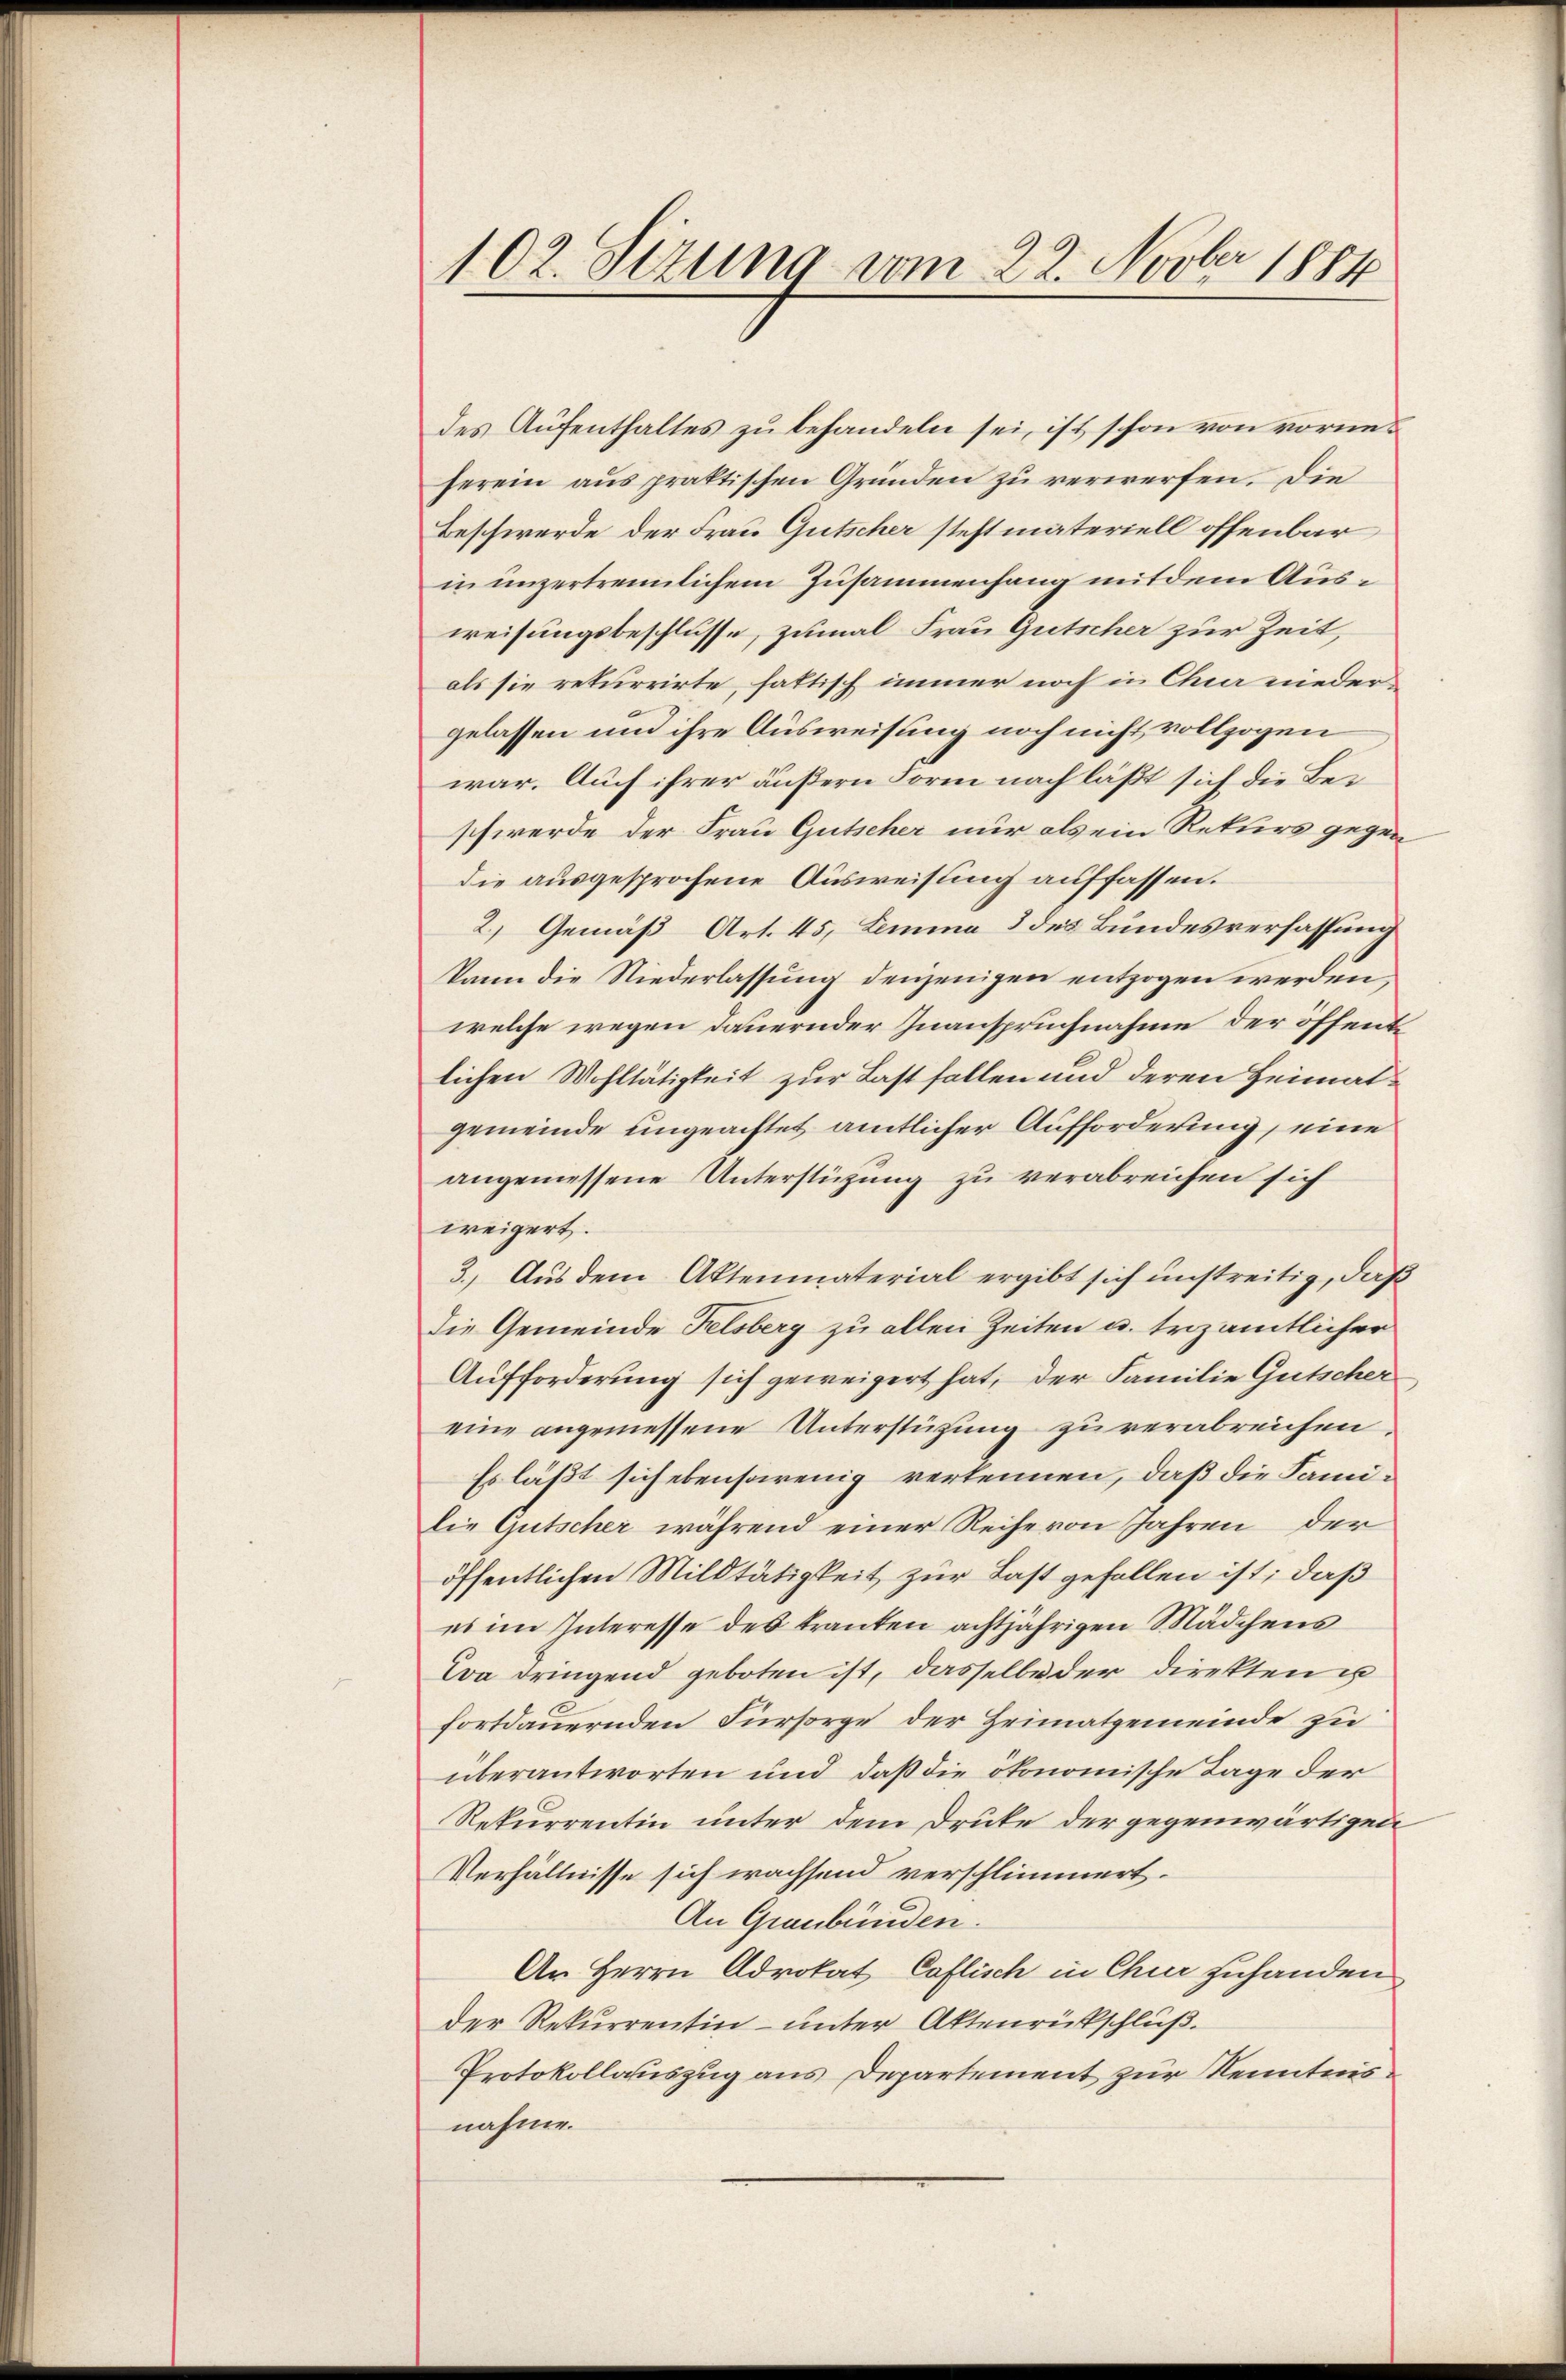
102. Sizung vom 22. Novber 1884

des Aufenthaltes zu behandeln sei, ist schon von vorneherein aus praktischen Gründen zu verwerfen. Die
Beschwerde der Frau Gutscher steht materiell offenbar
in unzertrennlichem Zusammenhang mit dem Ausweisungsbeschlüsse, zumal Frau Gutscher zur Zeit,
als sie rekurrirte, fattisch immer noch in Chier niedergelassen und ihre Ausweisung noch nicht vollzogen
war. Auch ihrer äußern Form nach läßt sich die Beischwerde der Frau Gutscher nur als ein Rekurs gegen
die ausgesprochene Ausweisung auffassen.
2.) Gemäß Art. 45, Lemma 3 des Bundesverfassung
kann die Niederlassung denjenigen entzogen werden,
welche wegen dauernder Inanspruchnahme der öffentlichen Wohltätigkeit zur Last fallen und deren Heimatgemeinde ungeachtet amtlicher Aufforderung, eine
angemessene Unterstüzung zu verabreichen sich
weigert.
3.) Aus dem Aktenmaterial ergibt sich unstreitig, daß
die Gemeinde Felsberg zu allen Zeiten u. trizamtlicher
Aufforderung sich geweigert hat, der Familie Gütscher
eine angemessene Unterstüzung zu verabreichen.
Es läßt sich ebensarenig verkennen, daß die Famidie Gutscher während einer Reihe von Jahren der
öffentlichen Mildtätigkeit zur Last gefallen ist; daß
es im Interesse des tranten achtjährigen Mädchens
Coa dringend geboten ist, dasselbe der Direkten u
fortdauernden Fürsorge der Heimatgemeinde zu
überantworten und daß die ökonomische Tage der
Rekurrentin unter dem Druke der gegenwärtigen
Verhältnisse sich wachsend verschlimmert.
An Graubünden.
Ar Herrn Advokat Caflisch in Chur zuhanden
Der Rekurrentin unter Aktenrückschluß.
Protokollauszug aus Departement zur Kenntnisnahme.